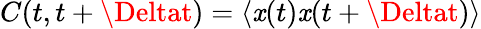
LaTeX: C(t,t+\Deltat)=\langle\mathit{x}(t)\mathit{x}(t+\Deltat)\rangle